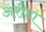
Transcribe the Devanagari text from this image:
अरीहा